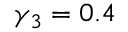
\gamma _ { 3 } = 0 . 4